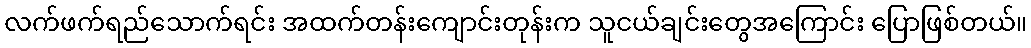
လက်ဖက်ရည်သောက်ရင်း အထက်တန်းကျောင်းတုန်းက သူငယ်ချင်းတွေအကြောင်း ပြောဖြစ်တယ်။